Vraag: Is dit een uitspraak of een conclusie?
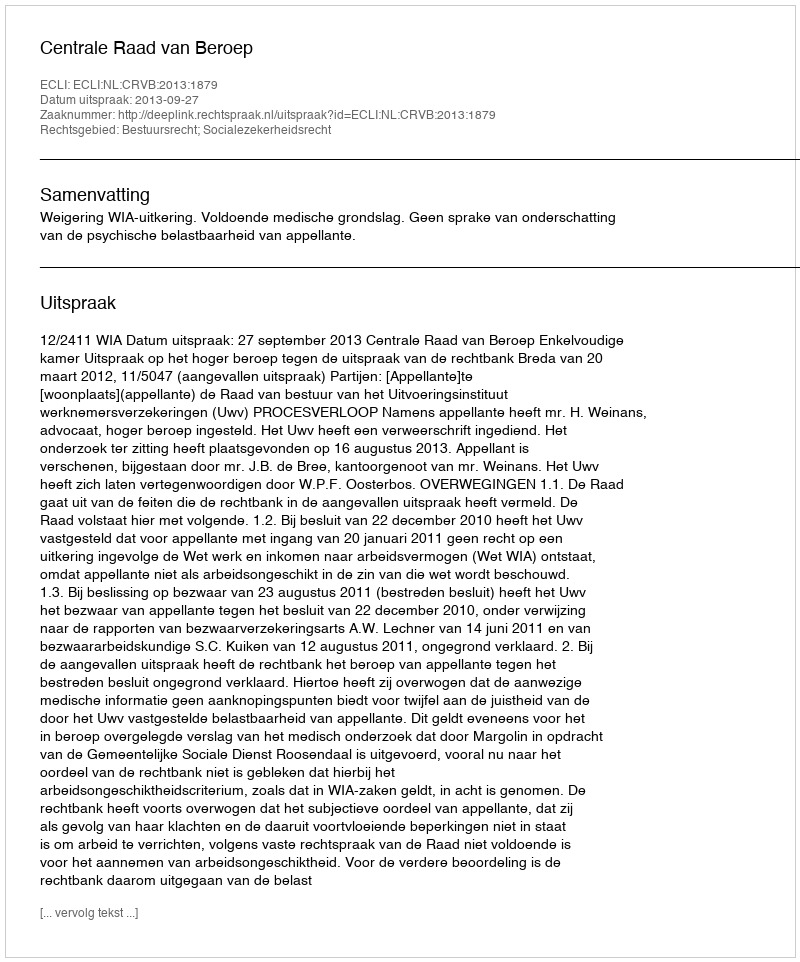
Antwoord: Uitspraak